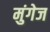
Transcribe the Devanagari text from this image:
मुंगेज